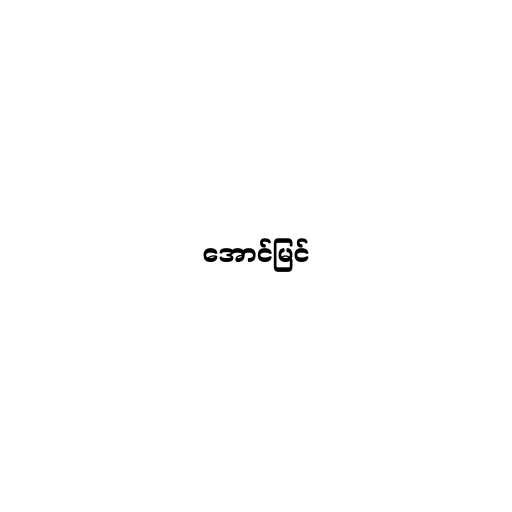
အောင်မြင်